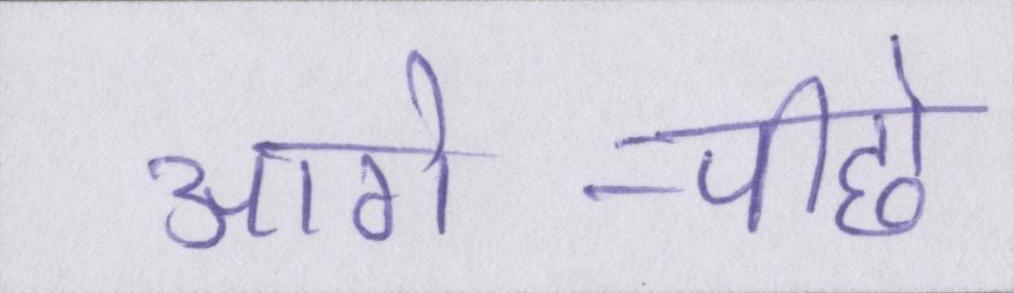
आगे-पीछे